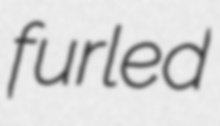
furled